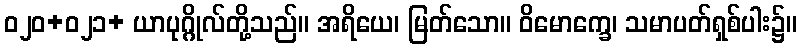
ဝ၂၀+၀၂၁+ ယာပုဂ္ဂိုလ်တို့သည်။ အရိယေ၊ မြတ်သော။ ဝိမောက္ခေ၊ သမာပတ်ရှစ်ပါး၌။